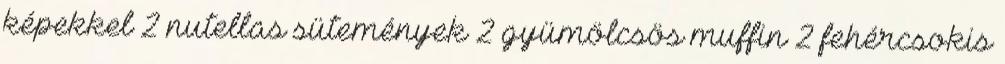
képekkel 2 nutellas sütemények 2 gyümölcsös muffin 2 fehércsokis